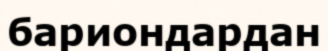
бариондардан